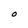
Character: O